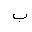
Letter: _ba